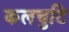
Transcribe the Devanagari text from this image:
कलचुटि